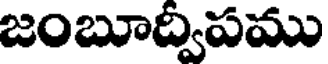
జంబూద్విపము